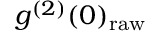
g ^ { ( 2 ) } ( 0 ) _ { \mathrm { r a w } }